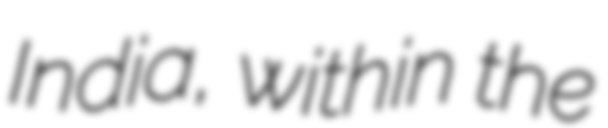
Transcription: India, within the